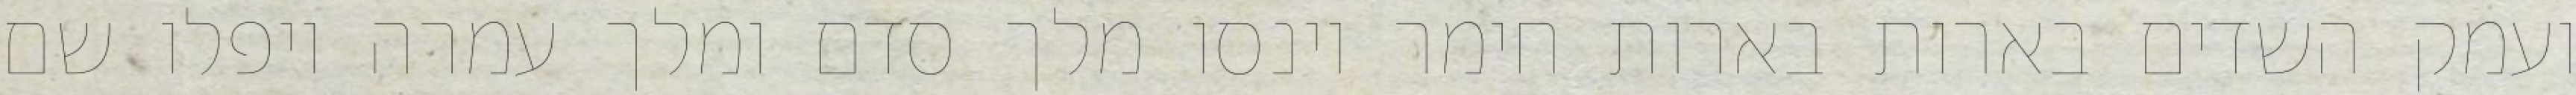
ועמק השדים בארות בארות חימר וינסו מלך סדם ומלך עמרה ויפלו שם